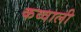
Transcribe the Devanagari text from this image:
कव्‍वाली